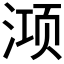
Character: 𭱊